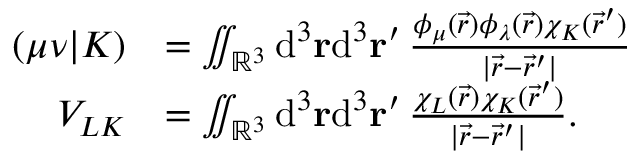
\begin{array} { r l } { ( \mu \nu \vert K ) } & { = \iint _ { \mathbb { R } ^ { 3 } } \mathrm { d } ^ { 3 } \ensuremath \mathbf { r } \mathrm { d } ^ { 3 } \ensuremath \mathbf { r } ^ { \prime } \, \frac { \phi _ { \mu } ( \vec { r } ) \phi _ { \lambda } ( \vec { r } ) \chi _ { K } ( \vec { r } ^ { \prime } ) } { \vert \vec { r } - \vec { r } ^ { \prime } \vert } } \\ { V _ { L K } } & { = \iint _ { \mathbb { R } ^ { 3 } } \mathrm { d } ^ { 3 } \ensuremath \mathbf { r } \mathrm { d } ^ { 3 } \ensuremath \mathbf { r } ^ { \prime } \, \frac { \chi _ { L } ( \vec { r } ) \chi _ { K } ( \vec { r } ^ { \prime } ) } { \vert \vec { r } - \vec { r } ^ { \prime } \vert } . } \end{array}